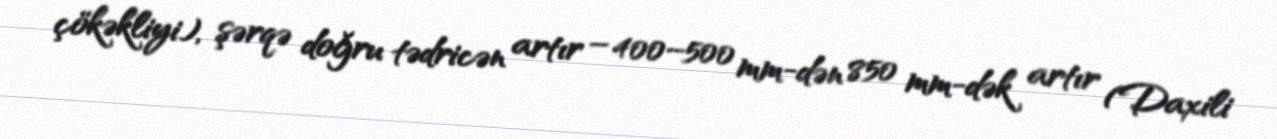
çökəkliyi), şərqə doğru tədricən artır – 400–500 mm-dən 850 mm-dək artır (Daxili